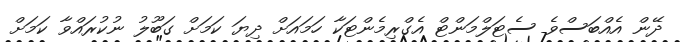
ދޭން އެއްބަސްވެ ސެޓަލްމަންޓް އެގްރިމެންޓަކާ ހަމައަށް ދިޔަ ކަމަށް ގަބޫލު ނުކުރައްވާ ކަމަށް